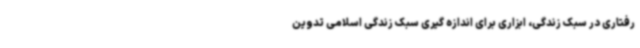
رفتاری در سبک زندگی، ابزاری برای اندازه گیری سبک زندگی اسلامی تدوین